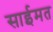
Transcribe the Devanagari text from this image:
साईमत